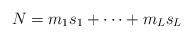
LaTeX: \begin{align*}N = m_1 s_1 + \cdots + m_L s_L \end{align*}